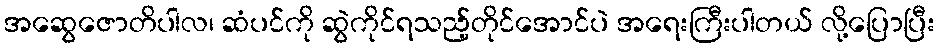
အဆွေဇောတိပါလ၊ ဆံပင်ကို ဆွဲကိုင်ရသည့်တိုင်အောင်ပဲ အရေးကြီးပါတယ် လို့ပြောပြီး